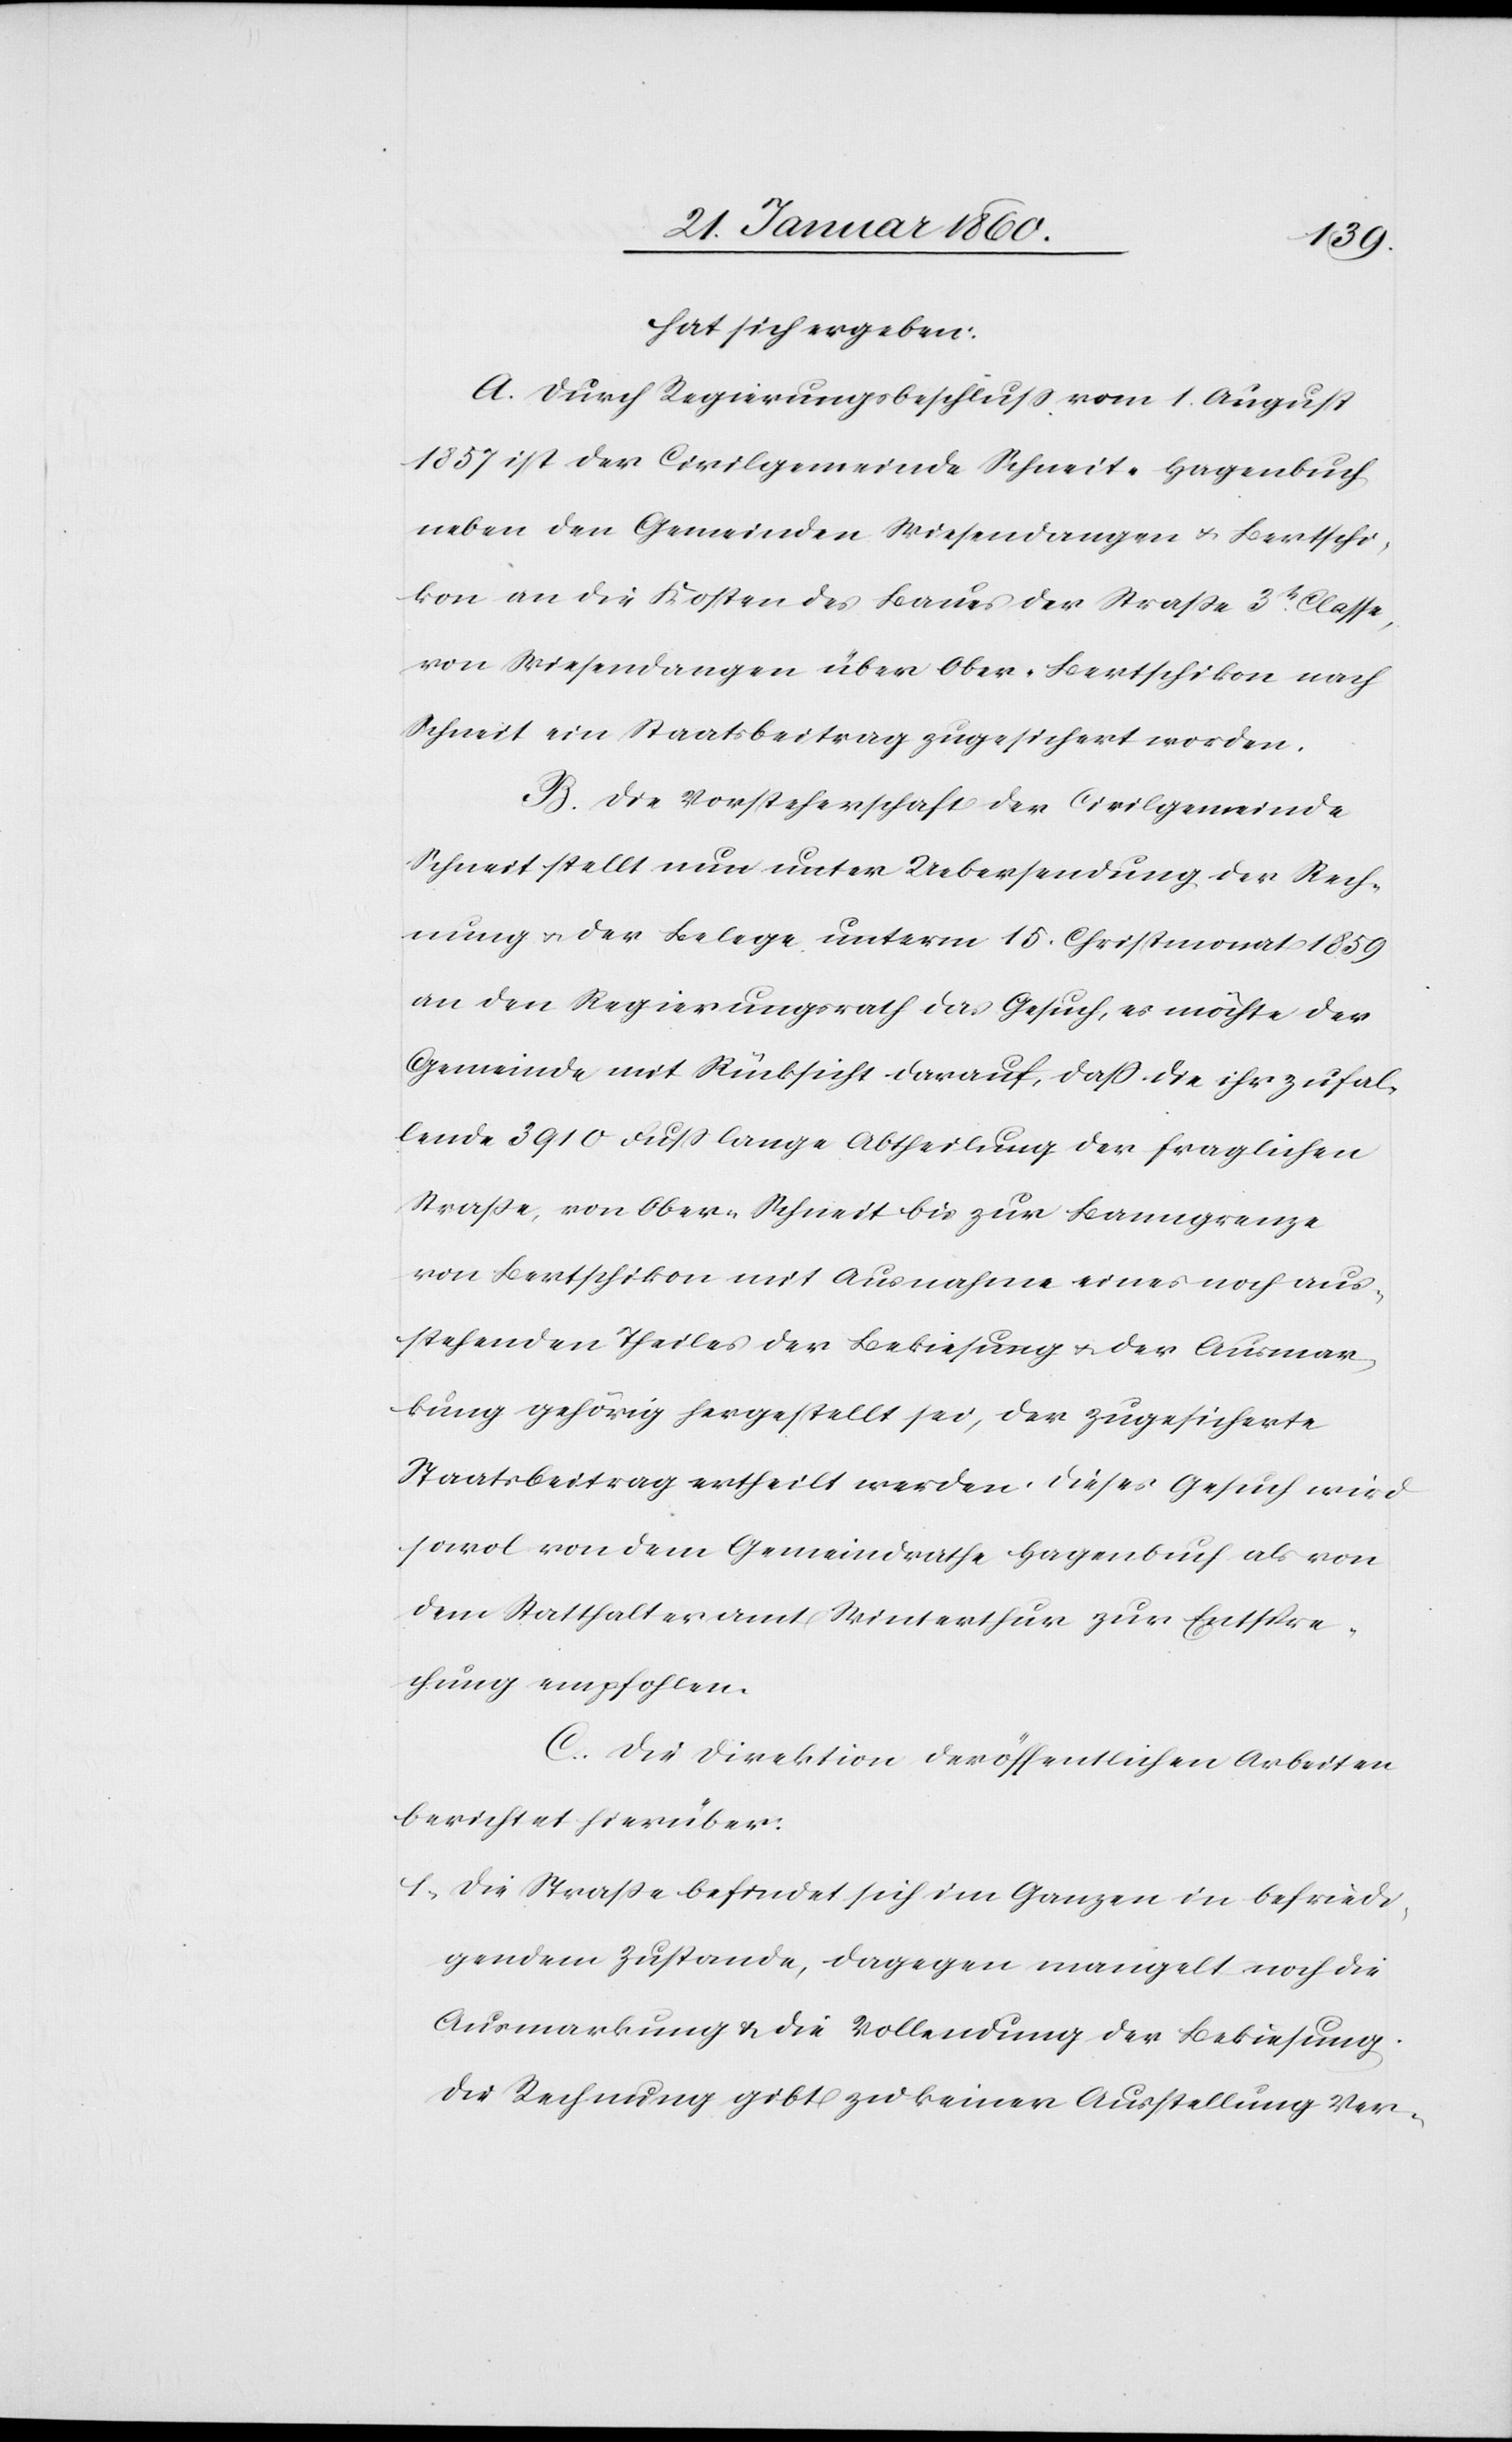
hat sich ergeben:
A. Durch Regierungsbeschluss vom 1. August
1857 ist der Civilgemeinde Schneit-Hagenbuch
neben den Gemeinden Wiesendangen u. Bertschi¬
kon an die Kosten des Baues der Strasse 3tr Classe,
von Wiesendangen über Ober-Bertschikon nach
Schneit ein Staatsbeitrag zugesichert worden.
B. Die Vorsteherschaft der Civilgemeinde
Schneit stellt nun unter Uebersendung der Rech¬
nung u. der Belege unterm 15. Christmonat 1859
an den Regierungsrath das Gesuch, es möchte der
Gemeinde mit Rücksicht darauf, dass die ihr zufal¬
lende 3910 Fuß lange Abtheilung der fraglichen
Strasse, von Ober-Schneit bis zur Banngrenze
von Bertschikon mit Ausnahme eines noch aus¬
stehenden Theiles der Bekiesung u. der Ausmar¬
kung gehörig hergestellt sei, der zugesicherte
Staatsbeitrag ertheilt werden. Dieses Gesuch wird
sowol von dem Gemeindrathe Hagenbuch als von
dem Statthalteramt Winterthur zur Entspre¬
chung empfohlen.
C. Die Direktion der öffentlichen Arbeiten
berichtet hierüber:
1. Die Strasse befindet sich im Ganzen in befriedi¬
gendem Zustande, dagegen mangelt noch die
Ausmarkung u. die Vollendung der Bekiesung.
Die Rechnung gibt zu keiner Ausstellung Ver-